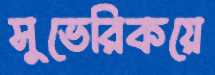
সুভেরিকয়ে